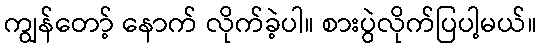
ကျွန်တော့် နောက် လိုက်ခဲ့ပါ။ စားပွဲလိုက်ပြပါ့မယ်။